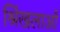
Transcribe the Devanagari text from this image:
श्रिंखलाओं